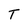
Character: T